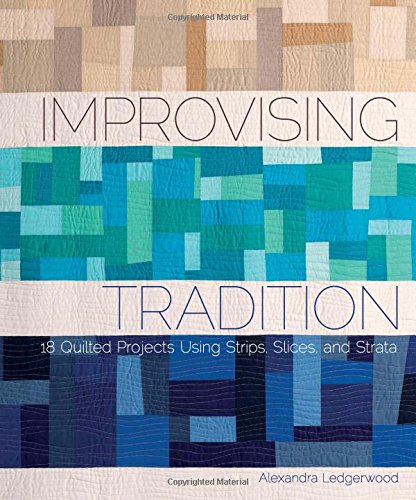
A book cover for Improvising Tradition: 18 Quilted Projects Using Strips, Slices, and Strata; Alexandra Ledgerwood; Crafts, Hobbies & Home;